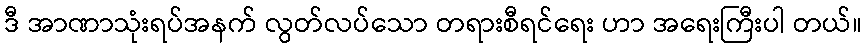
ဒီ အာဏာသုံးရပ်အနက် လွတ်လပ်သော တရားစီရင်ရေး ဟာ အရေးကြီးပါ တယ်။